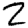
Digit: 2